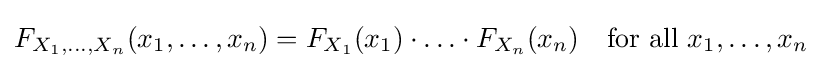
F_{X_{1},\ldots ,X_{n}}(x_{1},\ldots ,x_{n})=F_{X_{1}}(x_{1})\cdot \ldots \cdot F_{X_{n}}(x_{n})\quad {\text{for all }}x_{1},\ldots ,x_{n}